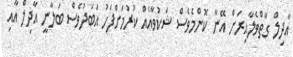
އާދިލް ގާތްވެލާއިރަށް އޭނާ ކޮންމެވެސް ޝަކުވާއެއް ކުރުމަށްފަހު އަބަދުވެސް ބަލާނީ އާދިލް އާއި